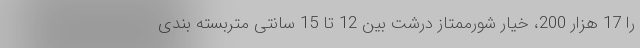
را 17 هزار 200، خیار شورممتاز درشت بین 12 تا 15 سانتی متربسته بندی